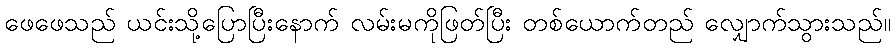
ဖေဖေသည် ယင်းသို့ပြောပြီးနောက် လမ်းမကိုဖြတ်ပြီး တစ်ယောက်တည် လျှောက်သွားသည်။